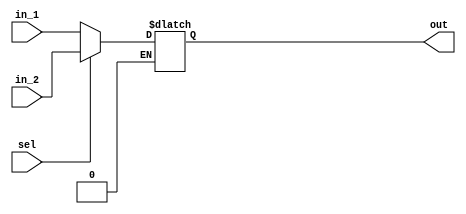
module mux_lui (input [31:0] in_1, input [31:0] in_2, input sel, output reg [31:0] out); // goes between mux at the right of diagram and write data in reg file

always @ (in_1 or in_2 or sel)
if (sel == 1'b0) begin
out = in_1;
end else if (sel == 1'b1) begin
out = in_2;
end
endmodule